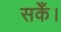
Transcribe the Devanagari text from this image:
सकेँ।